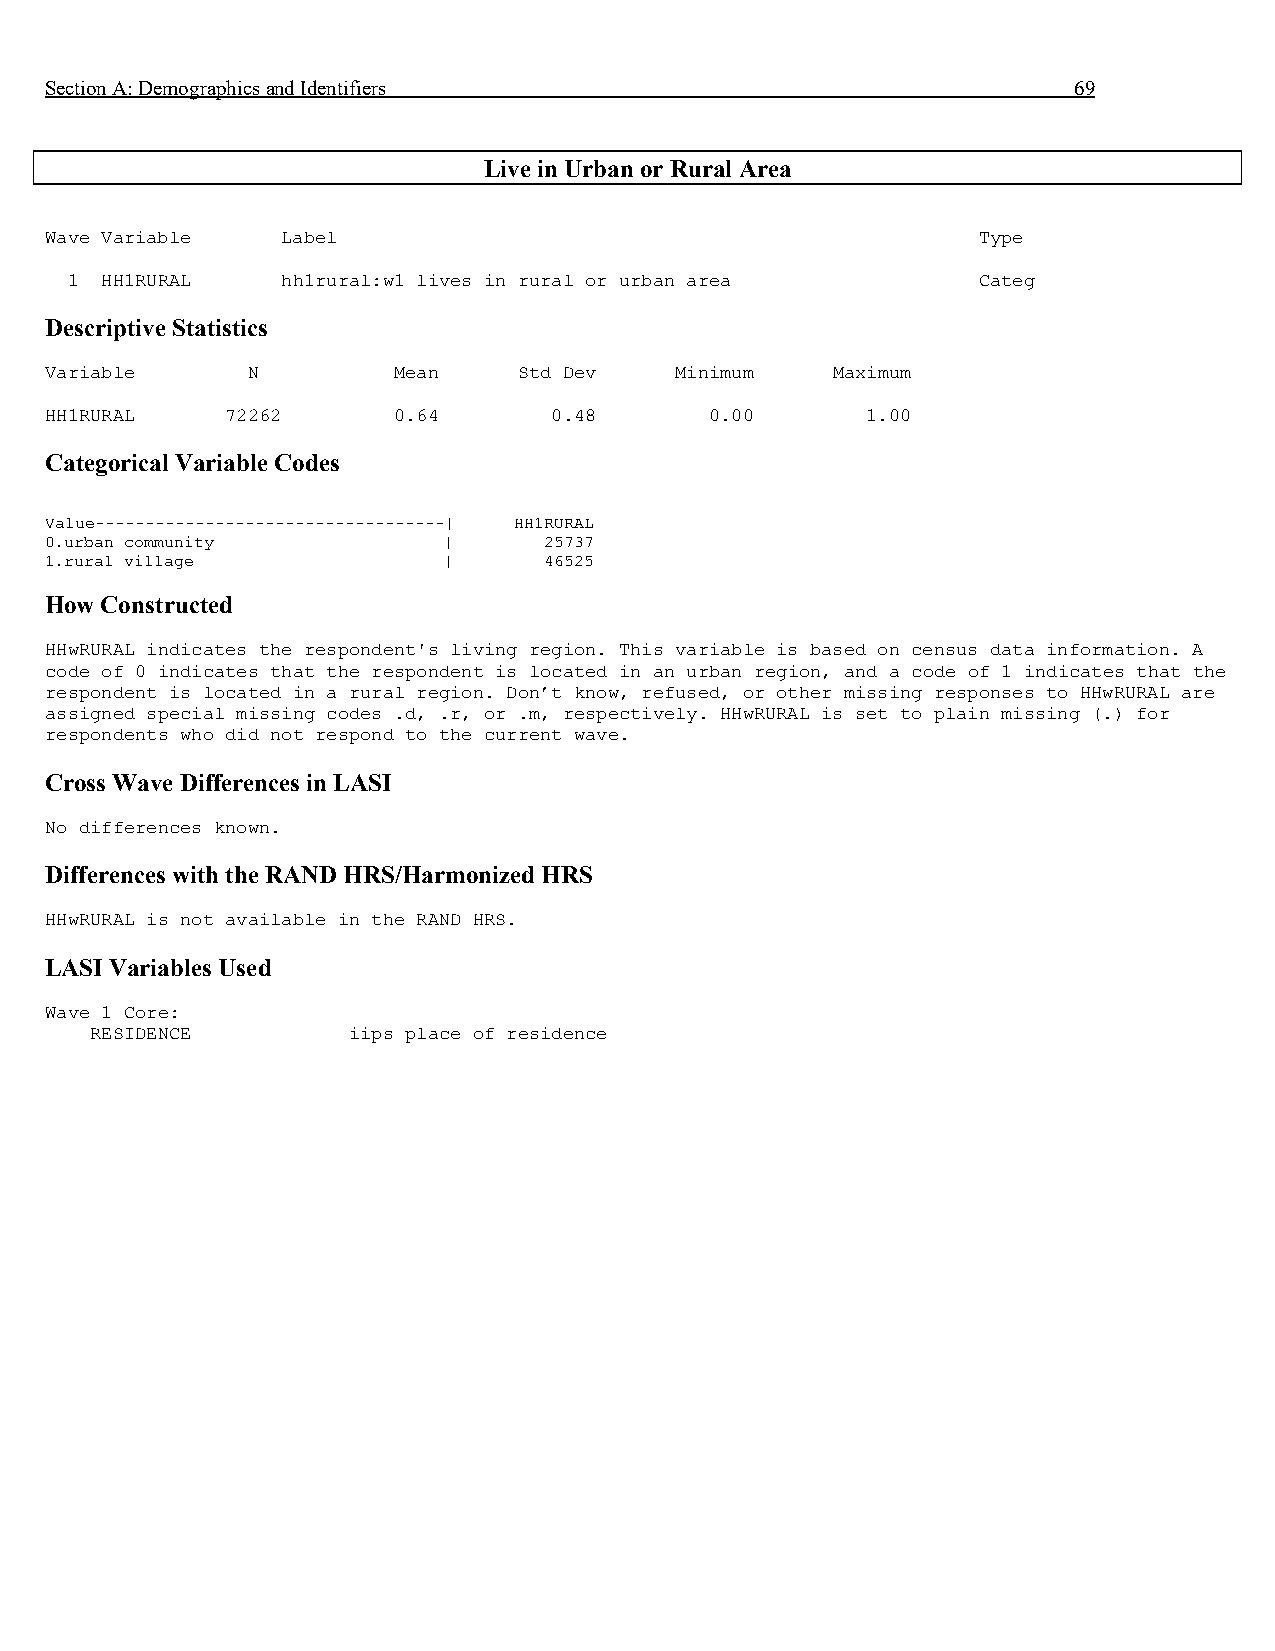
Section A: Demographics and Identifiers                             69
 Live in Urban or Rural Area
 Wave Variable   Label                                         Type
 1  HH1RURAL    hh1rural:w1 lives in rural or urban area      Categ
 Descriptive Statistics
 Variable     N         Mean    Std Dev    Minimum   Maximum
 HH1RURAL    72262      0.64      0.48       0.00      1.00
 Categorical Variable Codes
 Value-----------------------------------| HH1RURAL
 0.urban community         |      25737
 1.rural village           |      46525
 How Constructed
 HHwRURAL indicates the respondent's living region. This variable is based on census data information. A
 code of 0 indicates that the respondent is located in an urban region, and a code of 1 indicates that the
 respondent is located in a rural region. Don’t know, refused, or other missing responses to HHwRURAL are
 assigned special missing codes .d, .r, or .m, respectively. HHwRURAL is set to plain missing (.) for
 respondents who did not respond to the current wave.
 Cross Wave Differences in LASI
 No differences known.
 Differences with the RAND HRS/Harmonized HRS
 HHwRURAL is not available in the RAND HRS.
 LASI Variables Used
 Wave 1 Core:
 RESIDENCE        iips place of residence